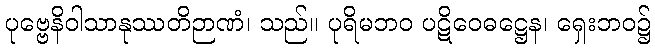
ပုဗ္ဗေနိဝါသာနုဿတိဉာဏံ၊ သည်။ ပုရိမဘဝ ပဋိဝေဓဋ္ဌေန၊ ရှေးဘဝ၌